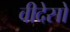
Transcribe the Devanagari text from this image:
वीदेसो